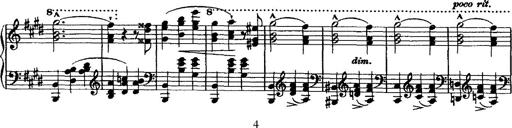
Title: Valse mÃ©lancolique
Composer: Paul Vidal
Key: F-sharp minor